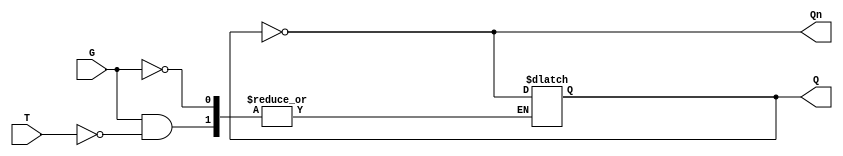
module gated_t_latch (
    input wire T,     // Toggle input
    input wire G,     // Gate or enable input
    output reg Q,     // Current output state
    output wire Qn    // Complementary output
);

// Complementary output
assign Qn = ~Q;

// Sequential logic for Gated T Latch
always @(G or T) begin
    if (G) begin
        if (T) begin
            Q <= ~Q; // Toggle the state of Q
        end
        // If T is low, Q remains unchanged
    end
    // If G is low, Q remains unchanged
end

endmodule